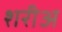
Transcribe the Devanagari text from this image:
शरीअ